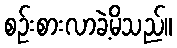
စဉ်းစားလာခဲ့မိသည်။